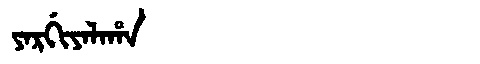
Manchu: ᠶᠠᡵᡤᡳᠶᠠᠯᠠᡥᠠ
Romanization: YARGIYALAHA